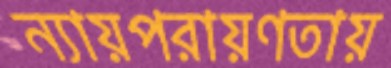
ন্যায়পরায়ণতায়